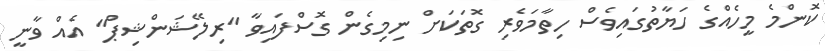
ކޮންމެ މީހެއްގެ ހަޔާތުގައިވެސް ހިތާމަވެރި ގޮތަކަށް ނިމިގެން ގޮސްފައިވާ "ރިލޭޝަންޝިޕް" އެއް ވާނީ